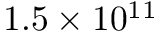
1 . 5 \times 1 0 ^ { 1 1 }